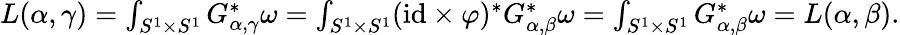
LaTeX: \begin{array}{r}{L(\alpha,\gamma)=\int_{S^{1}\times S^{1}}G_{\alpha,\gamma}^{*}\omega=\int_{S^{1}\times S^{1}}(\mathrm{id}\times\varphi)^{*}G_{\alpha,\beta}^{*}\omega=\int_{S^{1}\times S^{1}}G_{\alpha,\beta}^{*}\omega=L(\alpha,\beta).}\end{array}